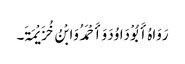
رَوَاہُ أَبُوْ دَاوُدَ وَأَحْمَدُ وَابْنُ خُزَیْمَۃَ۔